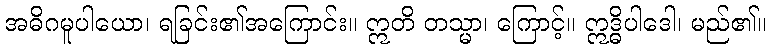
အဓိဂမူပါယော၊ ရခြင်း၏အကြောင်း။ ဣတိ တသ္မာ၊ ကြောင့်။ ဣဒ္ဓိပါဒေါ၊ မည်၏။